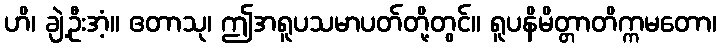
ဟိ၊ ချဲ့ဦးအံ့။ ဧတာသု၊ ဤအရူပသမာပတ်တို့တွင်။ ရူပနိမိတ္တာတိက္ကမတော၊